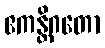
ဧကန္တိဂတော